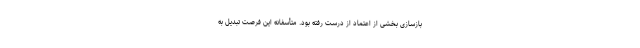
بازسازی بخشی از اعتماد از درست رفته بود. متأسفانه این فرصت تبدیل به